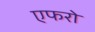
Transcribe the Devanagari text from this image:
एफरो